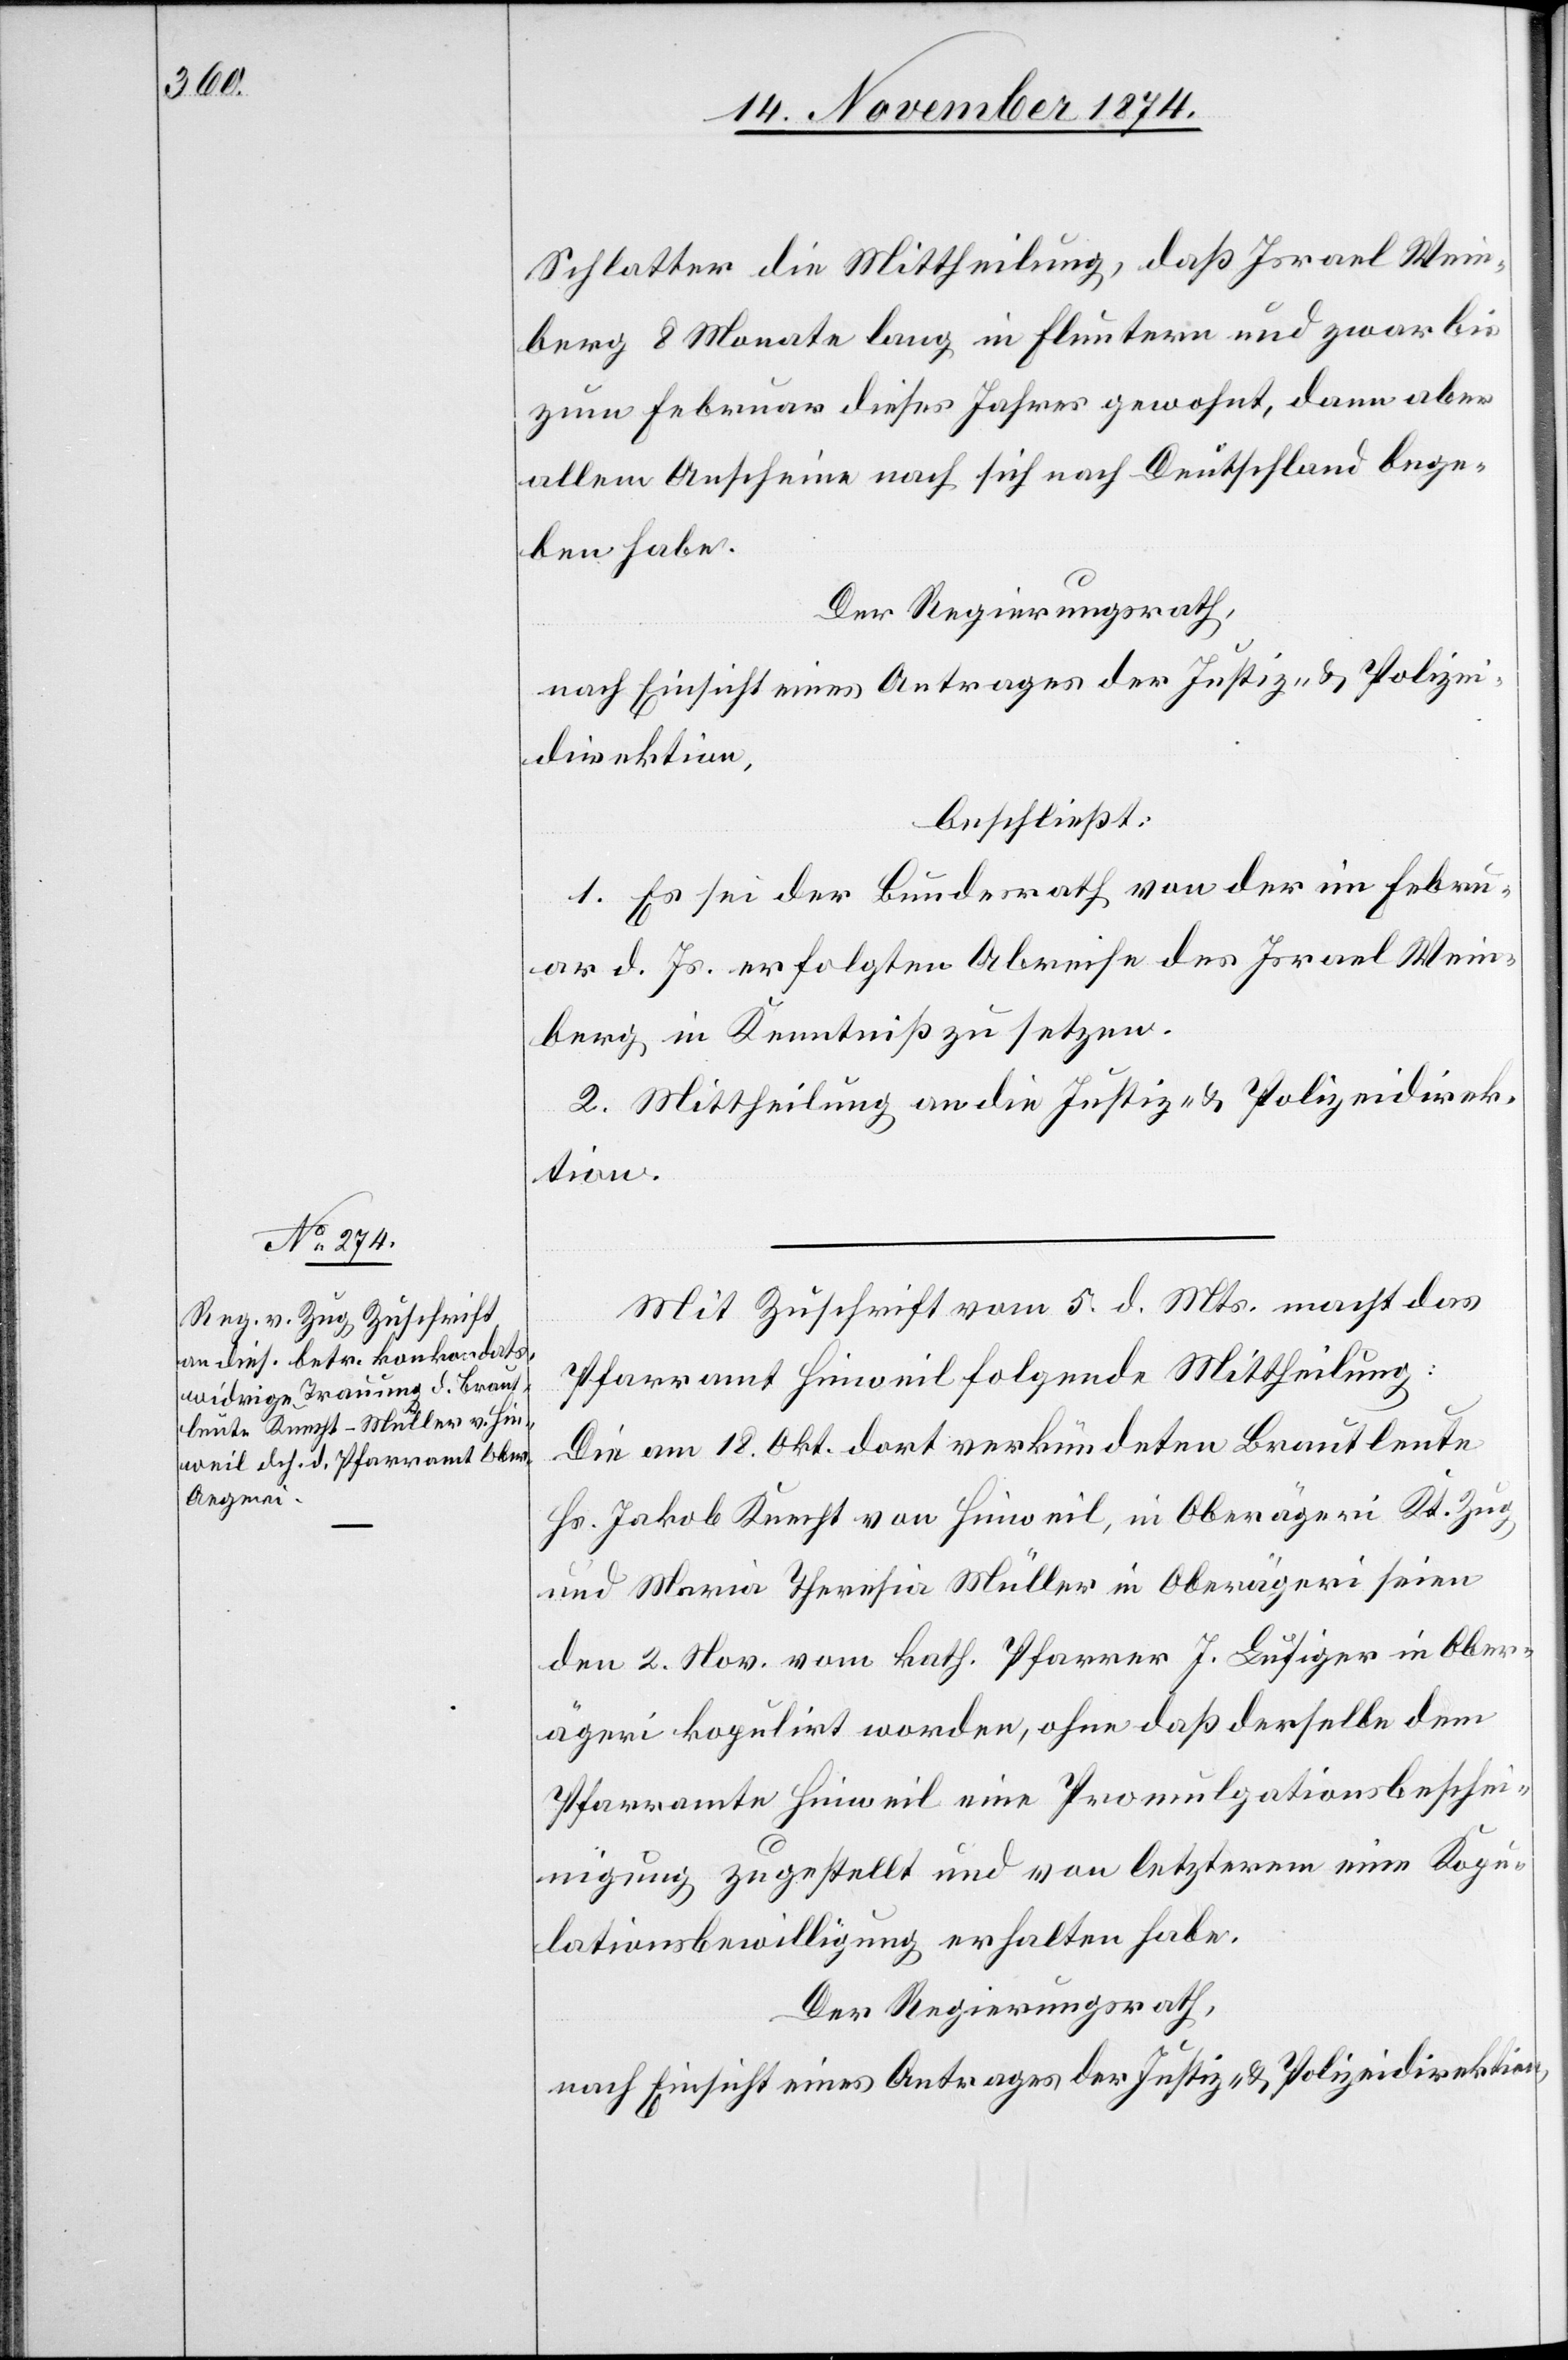
Schlatter die Mittheilung, daß Israel Wein¬
berg 8 Monate lang in Fluntern und zwar bis
zum Februar dieses Jahres gewohnt, dann aber
allem Anschein nach sich nach Deutschland bege¬
ben habe.
Der Regierungsrath,
nach Einsicht eines Antrages der Justiz- & Polizei¬
direktion,
beschließt:
1. Es sei der Bundesrath von der im Febru¬
ar d. Js. erfolgten Abreise des Israel Wein¬
berg in Kenntniß zu setzen.
2. Mittheilung an die Justiz- & Polizeidirek¬
tion.
Mit Zuschrift vom 5. d. Mts. macht das
Pfarramt Hinweil folgende Mittheilung:
Die am 18. Okt. dort verkündeten Brautleute
Hs. Jakob Knecht von Hinweil, in Oberägeri [sic!]
und Maria Theresia Müller in Oberägeri seien
den 2. Nov vom kath. Pfarrer J. Lusiger in Ober¬
ägeri kopulirt worden, ohne daß derselbe dem
Pfarramte Hinweil eine Promulgationsbeschei¬
nigung zugestellt und von letzterem eine Kopu¬
lationsbewilligung erhalten habe.
Der Regierungsrath,
nach Einsicht eines Antrages der Justiz- & Polizeidirektion,